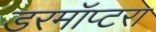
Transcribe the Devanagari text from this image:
डरमॉप्टरा